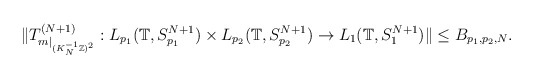
\begin{align*}\Vert T_{ m\vert_{ (K_N^{-1} \mathbb{Z})^2} }^{(N+1)}: L_{p_1}(\mathbb{T}, S_{p_1}^{N+1}) \times L_{p_2}(\mathbb{T}, S_{p_2}^{N+1} ) \rightarrow L_{1}(\mathbb{T}, S_{1}^{N+1})\Vert\leq B_{p_1, p_2,N}.\end{align*}